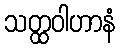
သတ္ထဝါဟာနံ